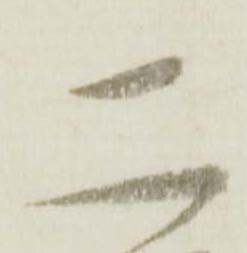
二